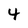
Character: 4